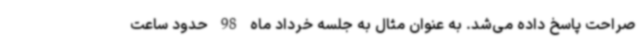
صراحت پاسخ داده می‌شد. به عنوان مثال به جلسه خرداد ماه 98 حدود ساعت